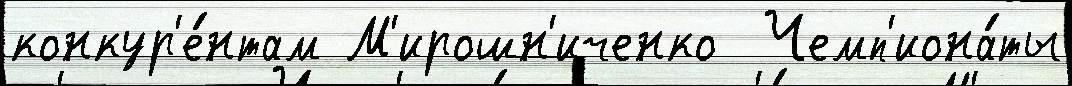
конкур'е́нтам М'ирошн'иченко  Чемп'иона́ты